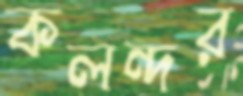
কলন্দর